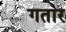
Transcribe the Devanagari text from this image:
गतार